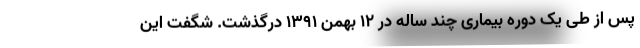
پس از طی یک دوره بیماری چند ساله در 12 بهمن 1391 درگذشت. شگفت این